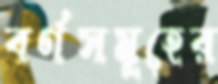
বর্ণসমূহের